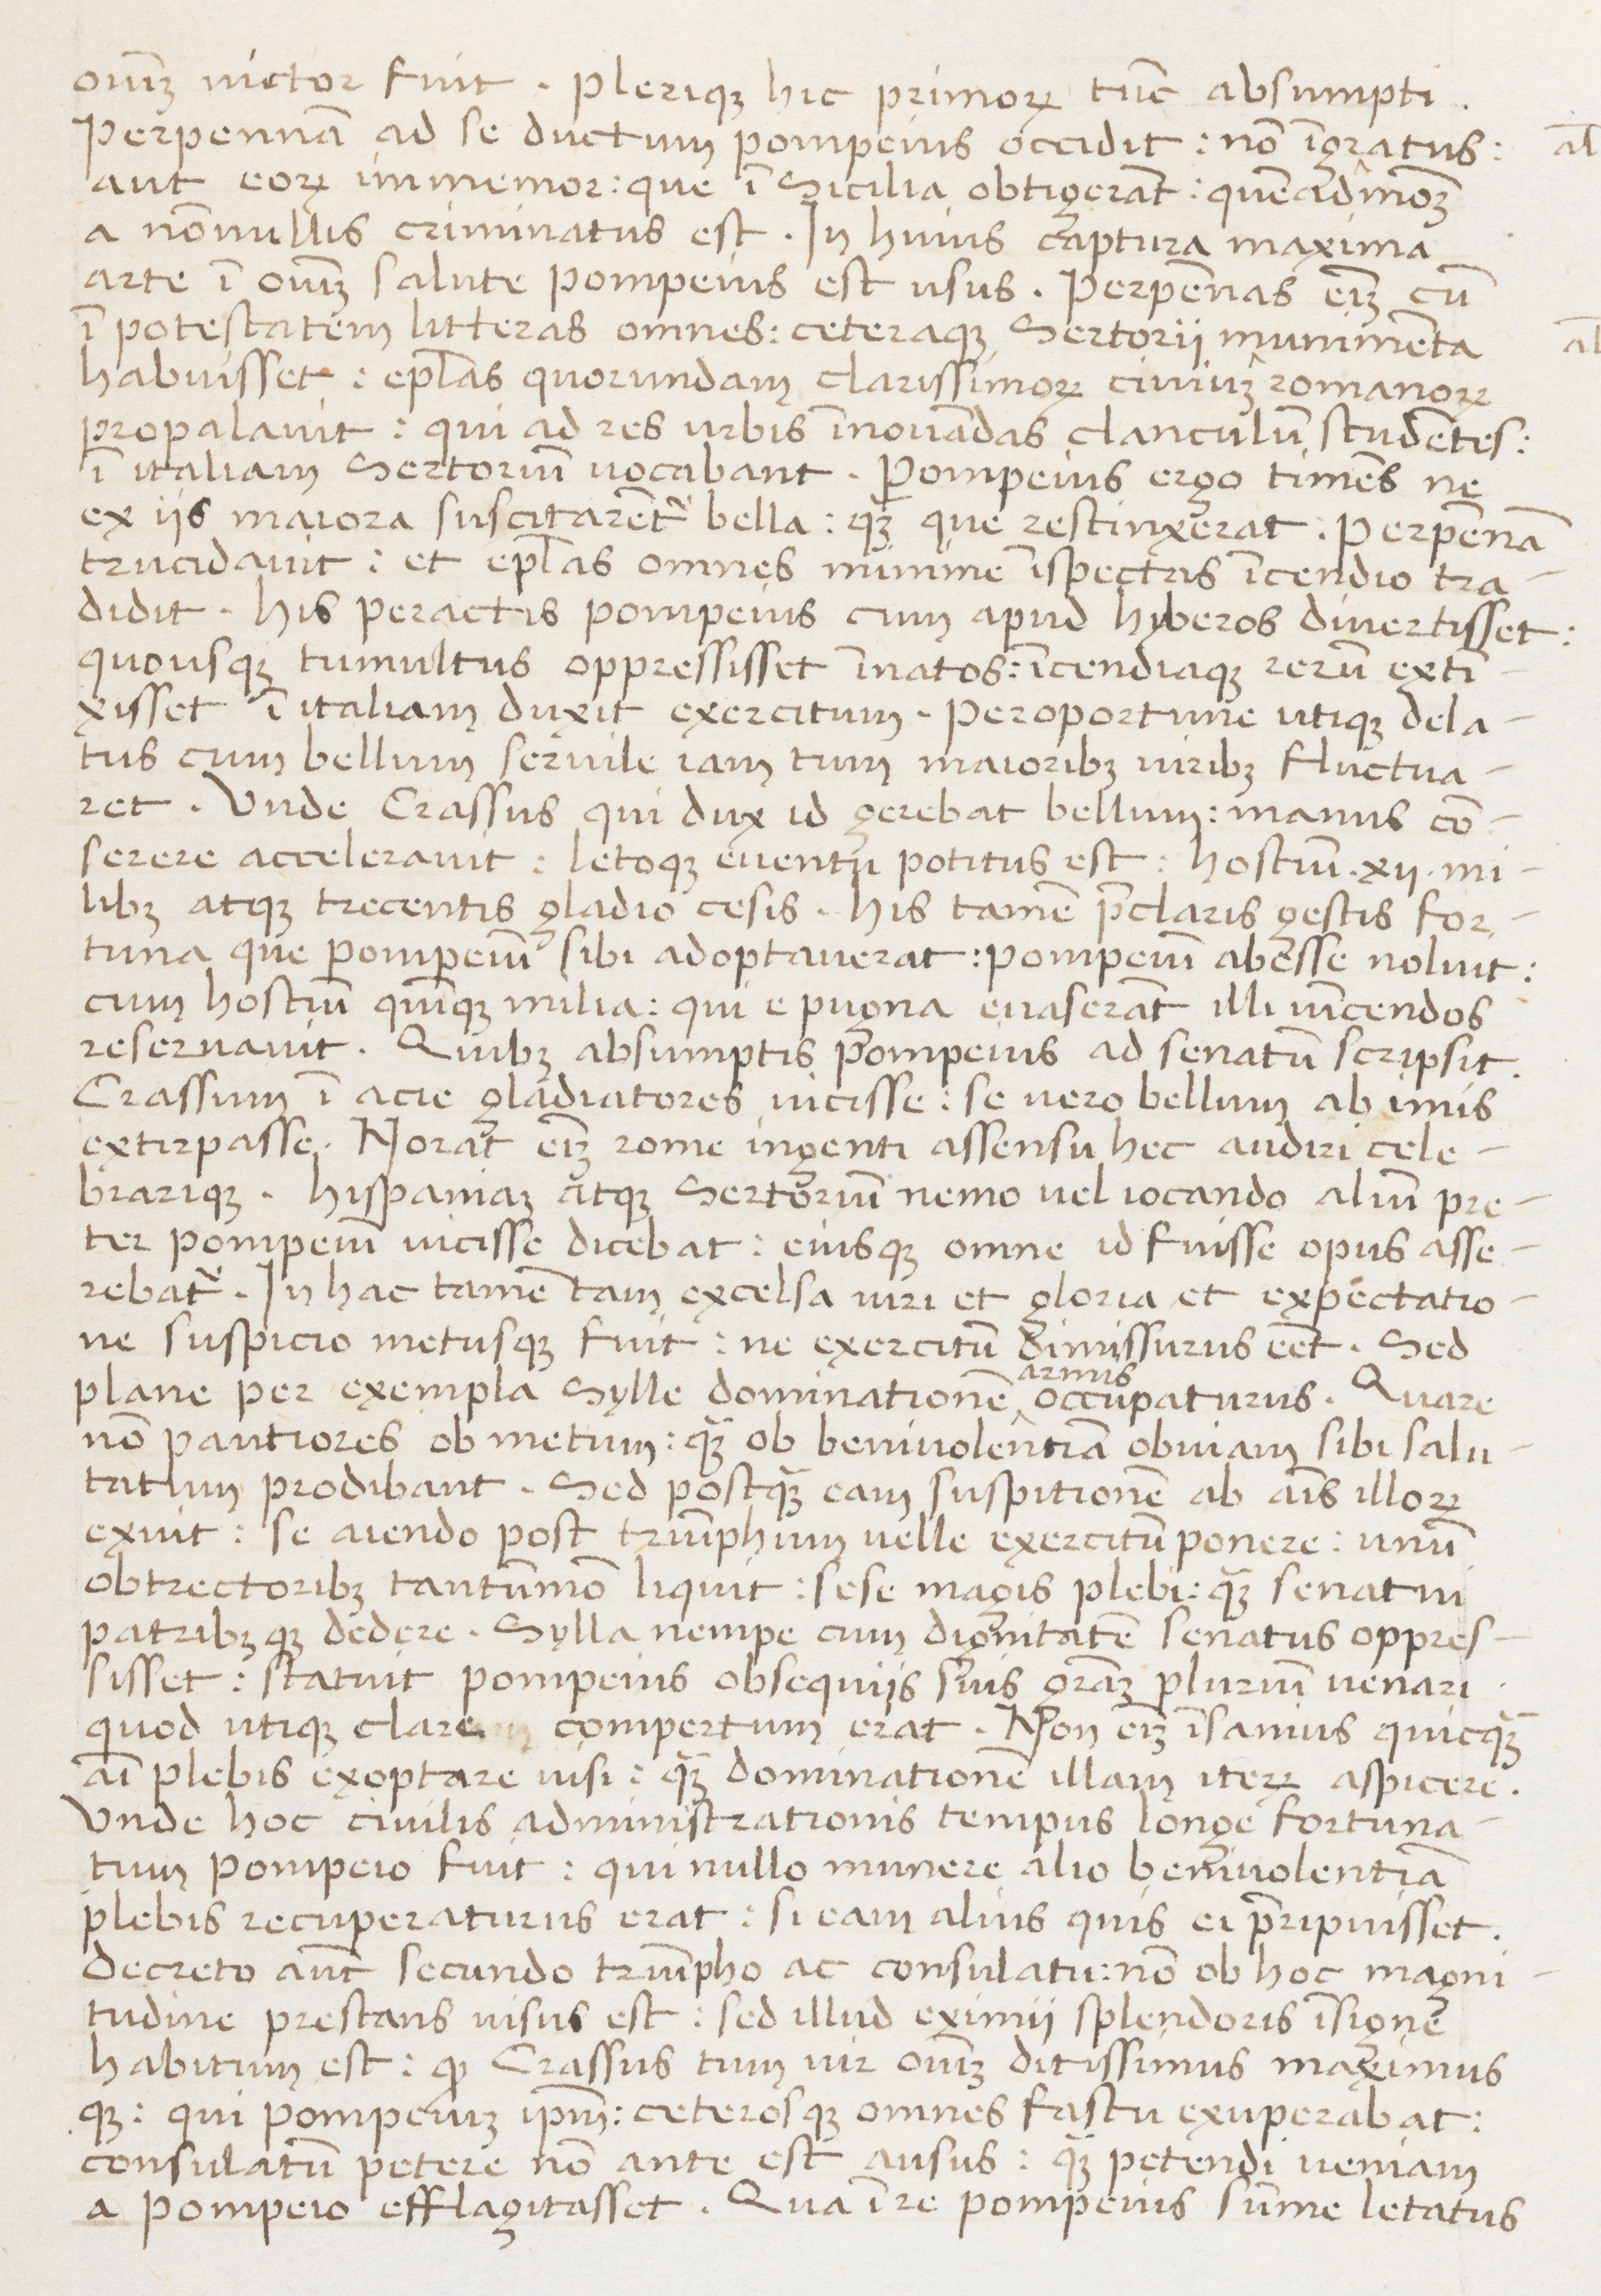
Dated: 1450–1474